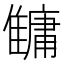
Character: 𩀬